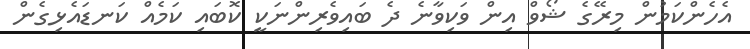
އެހެންކަމުން މިރޭގެ ޝޯވް އިން ވަކިވާނެ ދެ ބައިވެރިންނަކީ ކޮބައި ކަމެއް ކަނޑައެޅިގެން